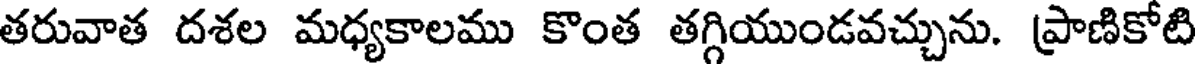
తరువాత దశల మధ్యకాలము కొంత తగ్గియుండవచ్చును. ప్రాణికోటి